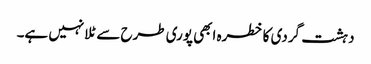
دہشت گردی کا خطرہ ابھی پوری طرح سے ٹلا نہیں ہے۔